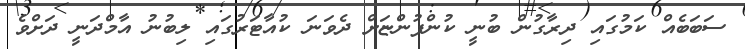
ސަބަބެއް ކަމުގައި ދިރާގުން ބުނީ ކުންފުންޏަށް ދެވަނަ ކުއާޓަރުގައި ލިބުނު އާމްދަނީ ދަށްވެ